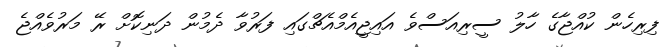
ފިިރިހެން ކުއްޖާގެ ހާލު ސީރިއަސްވެ އައިޖީއެމްއެޗްގައި ފަރުވާ ދެމުން ދަނިކޮށް ރޭ މަރުވެއްޖެ